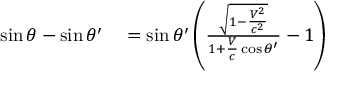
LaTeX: \begin{array} { r l } { \sin \theta - \sin \theta ^ { \prime } } & { { } = \sin \theta ^ { \prime } \left( { \frac { \sqrt { 1 - { \frac { V ^ { 2 } } { c ^ { 2 } } } } } { 1 + { \frac { V } { c } } \cos \theta ^ { \prime } } } - 1 \right) } \end{array}